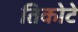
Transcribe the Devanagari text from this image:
तिकोटे